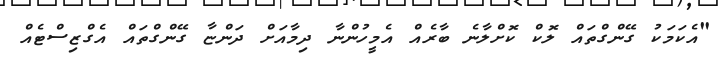
"އެކަމަކު ގޭންގްތައް ލޮކް ކޮށްލާނެ ބާރެއް އެމީހުންނާ ދިމާއަށް ދަންޏާ ގޭންގްތައް އެގްޒިސްޓެއް